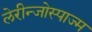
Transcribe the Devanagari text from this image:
लेरीन्जोस्पाज्म